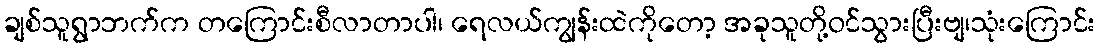
ချစ်သူရွာဘက်က တကြောင်းစီလာတာပါ၊ ရေလယ်ကျွန်းထဲကိုတော့ အခုသူတို့ဝင်သွားပြီးဗျ၊သုံးကြောင်း